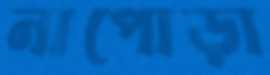
নাপোড়া